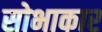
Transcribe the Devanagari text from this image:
सोभाकार